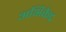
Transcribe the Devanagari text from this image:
अभिकेंद्र